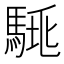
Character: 𩣛